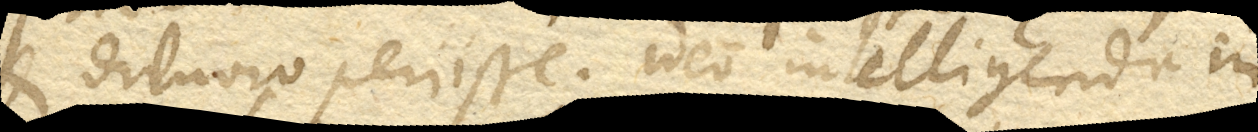
et diluvio periisse. Ideo intelligenda in